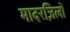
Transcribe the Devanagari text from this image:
मादरज़िलों